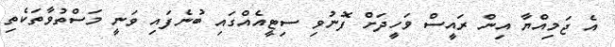
އެ ޖަމިއްޔާ އިން ރައީސް ވަހީދަށް ފޮނުވި ސިޓީއެއްގައި ބުނެފައި ވަނީ މަސްތުވާތަކެތި